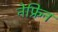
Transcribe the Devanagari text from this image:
नेफ्रिन